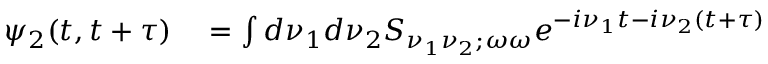
\begin{array} { r l } { \psi _ { 2 } ( t , t + \tau ) } & { { } = \int d \nu _ { 1 } d \nu _ { 2 } S _ { \nu _ { 1 } \nu _ { 2 } ; \omega \omega } e ^ { - i \nu _ { 1 } t - i \nu _ { 2 } ( t + \tau ) } } \end{array}